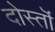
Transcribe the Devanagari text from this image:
दोस्तॊं